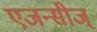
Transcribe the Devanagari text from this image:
एजन्सीज्